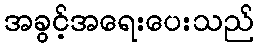
အခွင့်အရေးပေးသည်